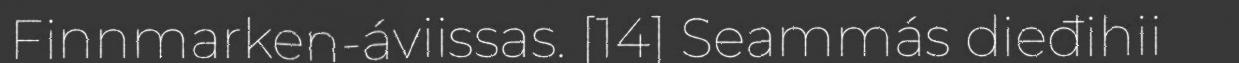
Finnmarken-áviissas. [14] Seammás dieđihii